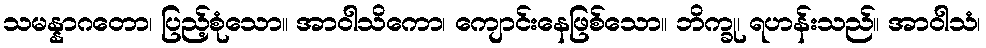
သမန္နာဂတော၊ ပြည့်စုံသော။ အာဝါသိကော၊ ကျောင်းနေဖြစ်သော။ ဘိက္ခု၊ ရဟန်းသည်။ အာဝါသံ၊